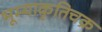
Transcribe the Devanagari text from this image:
भूम्याकृतिचक्र